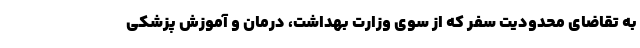
به تقاضای محدودیت سفر که از سوی وزارت بهداشت، درمان و آموزش پزشکی